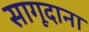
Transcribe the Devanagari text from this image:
सागूदाना